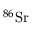
^ { 8 6 } \mathrm { S r }